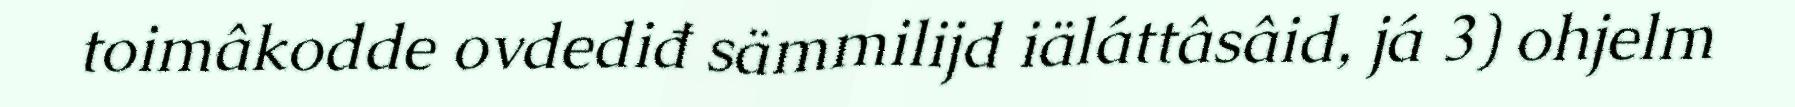
toimâkodde ovdediđ sämmilijd iäláttâsâid, já 3) ohjelm